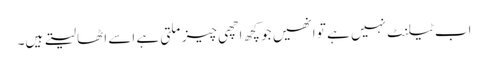
اب ٹیلنٹ نہیں ہے تو انھیں جو کچھ اچھی چیز ملتی ہے اسے اٹھا لیتے ہیں۔